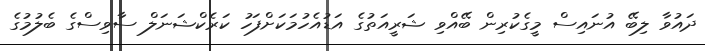
ދައުވާ ލިބޭ އުނައިސް މީގެކުރިން ބޭއްވި ޝަރީއަތުގެ އަޑުއެހުމަކަށްފަހު ކަރެކްޝަނަލް ސާވިސްގެ ބެލުމުގެ